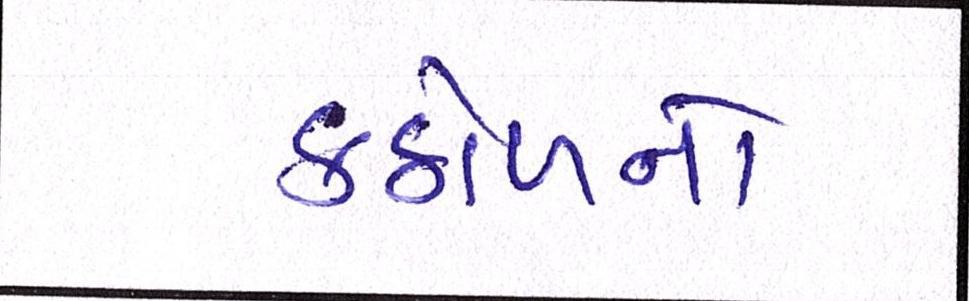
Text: કઠોળનો